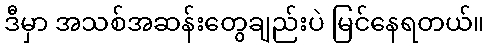
ဒီမှာ အသစ်အဆန်းတွေချည်းပဲ မြင်နေရတယ်။